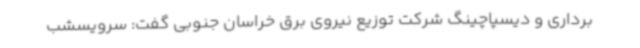
برداری و دیسپاچینگ شرکت توزیع نیروی برق خراسان جنوبی گفت: سرویسشب